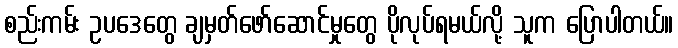
စည်းကမ်း ဥပဒေတွေ ချမှတ်ဖော်ဆောင်မှုတွေ ပိုလုပ်ရမယ်လို့ သူက ပြောပါတယ်။